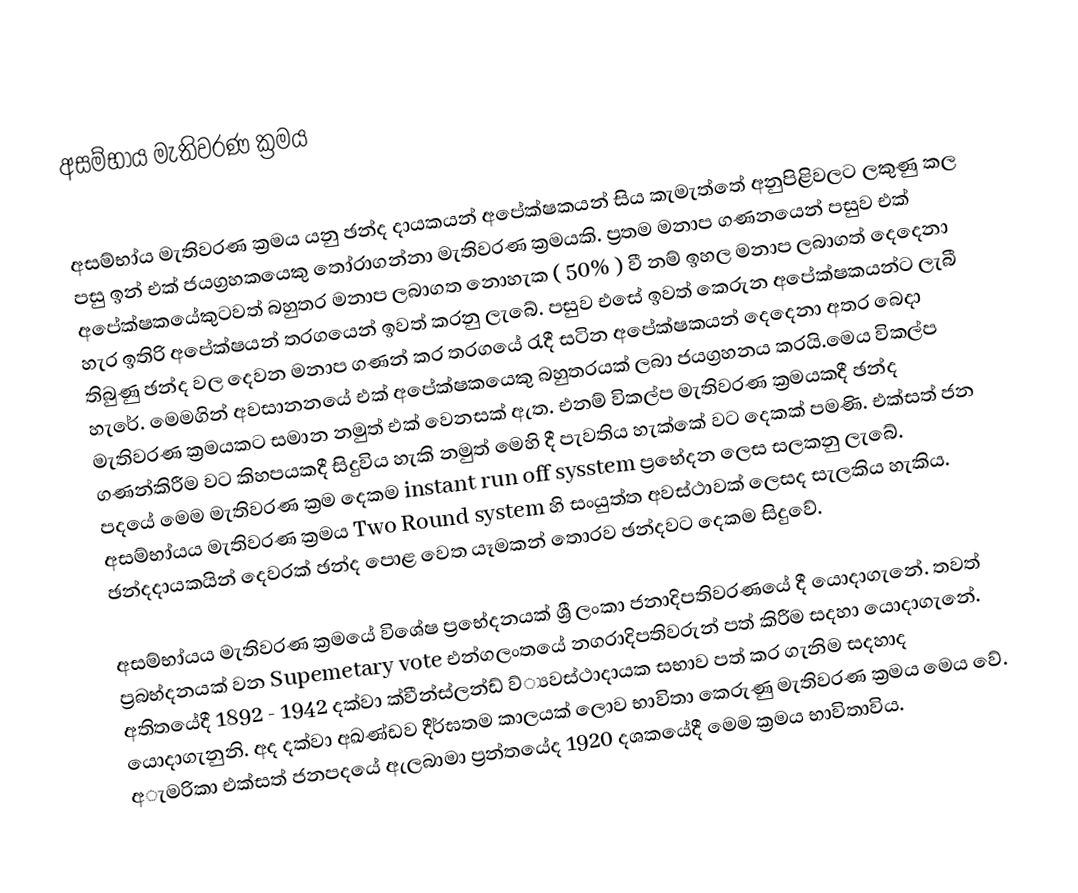
අසම්භා්‍ය මැතිවරණ ක්‍රමය

අසම්භා්‍ය මැතිවරණ ක්‍රමය යනු ඡන්ද දායකයන් අපේක්ෂකයන් සිය කැමැත්තේ අනුපිළිවලට ලකුණු කල පසු ඉන් එක් ජයග්‍රහකයෙකු තෝරාගන්නා මැතිවරණ ක්‍රමයකි. ප්‍රතම මනාප ගණනයෙන් පසුව එක් අපේක්ෂකයේකුටවත් බහුතර මනාප ලබාගත නොහැක ( 50% ) වී නම් ඉහල මනාප ලබාගත් දෙදෙනා හැර ඉතිරි අපේක්ෂයන් තරගයෙන් ඉවත් කරනු ලැබේ. පසුව එසේ ඉවත් කෙරුන අපේක්ෂකයන්ට ලැබී තිබුණු ඡන්ද වල දෙවන මනාප ගණන් කර තරගයේ රැදී සටින අපේක්ෂකයන් දෙදෙනා අතර බෙදා හැරේ. මෙමගින් අවසානනයේ එක් අපේක්ෂකයෙකු බහුතරයක් ලබා ජයග්‍රහනය කරයි.මෙය විකල්ප මැතිවරණ ක්‍රමයකට සමාන නමුත් එක් වෙනසක් ඇත. එනම් විකල්ප මැතිවරණ ක්‍රමයකදී ඡන්ද ගණන්කිරීම වට කිහපයකදී සිදුවිය හැකි නමුත් මෙහි දී පැවතිය හැක්කේ වට දෙකක් පමණි. එක්සත් ජන පදයේ  මෙම මැතිවරණ ක්‍රම දෙකම  instant run off sysstem ප්‍රභේදන ලෙස සලකනු ලැබේ. අසම්භා්‍යය මැතිවරණ ක්‍රමය Two Round system හි  සංයුත්ත අවස්ථාවක් ලෙසද සැලකිය හැකිය. ඡන්දදායකයින් දෙවරක් ඡන්ද පොළ වෙත යෑමකන් තොරව ඡන්දවට දෙකම සිදුවේ.

අසම්භා්‍යය මැතිවරණ ක්‍රමයේ විශේෂ ප්‍රභේදනයක් ශ්‍රී ලංකා ජනාදිපතිවරණයේ දී යොදාගැනේ. තවත් ප්‍රබභ්දනයක් වන Supemetary vote එන්ගලංතයේ නගරාදිපතිවරුන් පත් කිරීම සදහා යොදාගැනේ. අතිතයේදී  1892 - 1942 දක්වා ක්වීන්ස්ලන්ඩ් ව්‍්‍යවස්ථාදායක සභාව පත් කර ගැනිම සදහාද යොදාගැනුනි. අද දක්වා අඛණ්ඩව දීර්ඝතම කාලයක් ලොව භාවිතා කෙරුණු මැතිවරණ ක්‍රමය මෙය වේ. අැමරිකා එක්සත් ජනපදයේ ඇලබාමා ප්‍රන්තයේද 1920 දශකයේදී මෙම ක්‍රමය භාවිතාවිය.